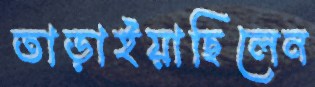
তাড়াইয়াছিলেন